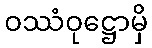
ဝဿံဝုဋ္ဌောမှိ